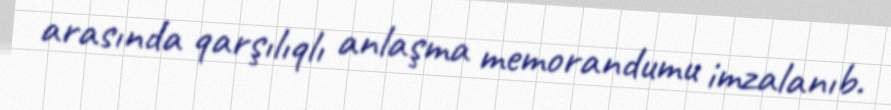
arasında qarşılıqlı anlaşma memorandumu imzalanıb.